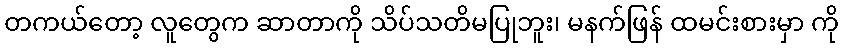
တကယ်တော့ လူတွေက ဆာတာကို သိပ်သတိမပြုဘူး၊ မနက်ဖြန် ထမင်းစားမှာ ကို